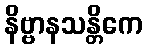
နိဗ္ဗာနသန္တိကေ